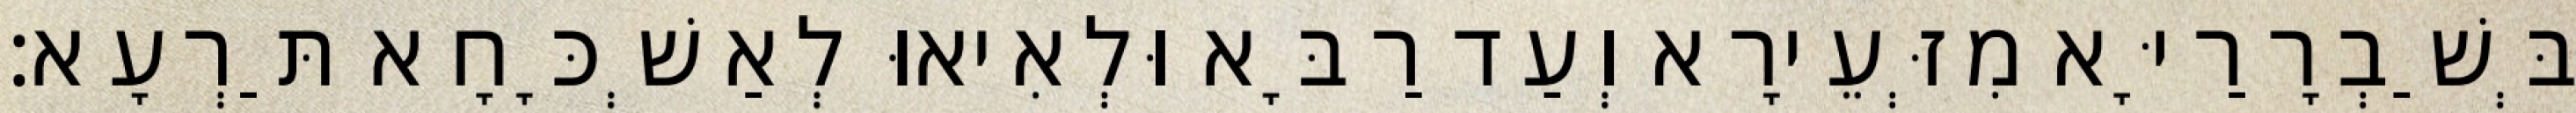
בְּשַׁבְרָרַיָּא מִזְּעֵירָא וְעַד רַבָּא וּלְאִיאוּ לְאַשְׁכָּחָא תַּרְעָא׃